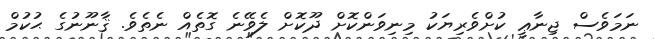
ނަމަވެސް ޖިނާޢީ ކުށްވެރިޔަކު މިނިވަންކޮށް ދޫކޮށް ލެވޭނެ ގޮތެއް ނެތެވެ. ޤާނޫނުގެ ޙުކުމް